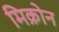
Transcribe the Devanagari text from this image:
मिक्रोन